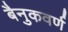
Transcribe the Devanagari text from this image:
बैनुकवर्ण